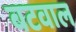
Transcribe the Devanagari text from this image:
बटवाल